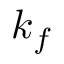
k _ { f }